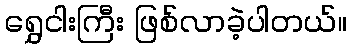
ရွှေငါးကြီး ဖြစ်လာခဲ့ပါတယ်။